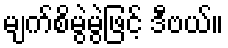
မျက်စိမွဲမွဲဖြင့် ဒီဗယ်။